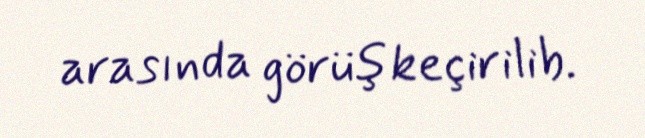
arasında görüş keçirilib.